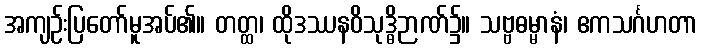
အကျဉ်းပြတော်မူအပ်၏။ တတ္ထ၊ ထိုဒဿနဝိသုဒ္ဓိဉာဏ်၌။ သဗ္ဗဓမ္မာနံ၊ ဧကသင်္ဂဟတာ